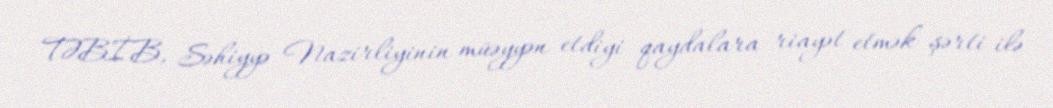
TƏBİB, Səhiyyə Nazirliyinin müəyyən etdiyi qaydalara riayət etmək şərti ilə